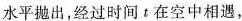
水平抛出，经过时间t在空中相遇，